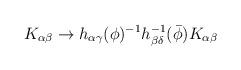
LaTeX: \begin{align*}K_{\alpha \beta} \rightarrow h_{\alpha \gamma}(\phi)^{-1}h_{\beta\delta}^{-1}({\bar \phi}) K_{\alpha \beta} \end{align*}